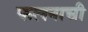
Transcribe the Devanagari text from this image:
फलनाची